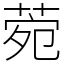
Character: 菀